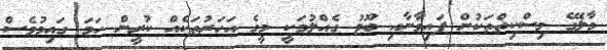
މާލޭގެ މިސްކިތްތަކުން ފައިވާނާއި ބޫޓު ގެއްލުމަކީ މީގެ އަހަރުތަކެއް ކުރީން ހަމަ ގައިމުވެސް